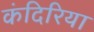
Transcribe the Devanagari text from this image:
कंदिरिया